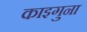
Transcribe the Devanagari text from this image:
काइगुना